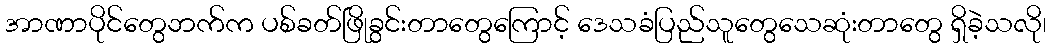
အာဏာပိုင်တွေဘက်က ပစ်ခတ်ဖြိုခွင်းတာတွေကြောင့် ဒေသခံပြည်သူတွေသေဆုံးတာတွေ ရှိခဲ့သလို၊